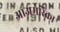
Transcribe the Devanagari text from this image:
आअमेरिका